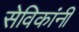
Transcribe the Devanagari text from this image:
सेविकांनी